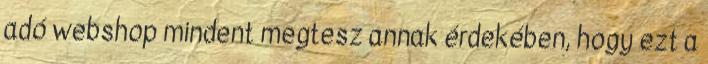
adó webshop mindent megtesz annak érdekében, hogy ezt a